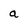
Character: a